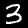
Label: 3